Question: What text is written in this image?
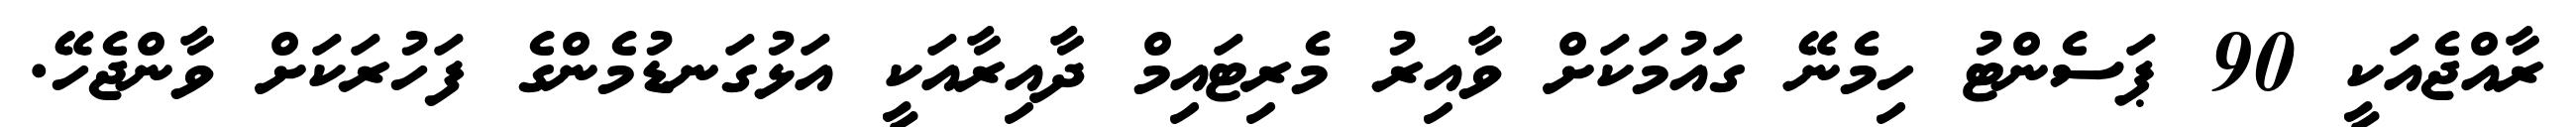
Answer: ރާއްޖެއަކީ 90 ޕަސެންޓު ހިމެނޭ ގައުމަކަށް ވާއިރު މެރިޓައިމް ދާއިރާއަކީ އަޅުގަނޑުމެންގެ ފަހުރަކަށް ވާންޖެހޭ.